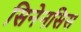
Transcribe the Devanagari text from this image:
सिनेनसिस